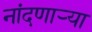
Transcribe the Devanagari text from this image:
नांदणाऱ्या